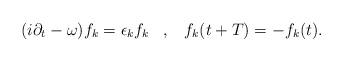
LaTeX: \begin{align*}(i\partial _{t}-\omega )f_{k}=\epsilon _{k}f_{k}\; \; \; ,\; \; \; f_{k}(t+T)=-f_{k}(t).\end{align*}